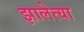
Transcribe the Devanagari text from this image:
झालेत्या